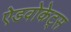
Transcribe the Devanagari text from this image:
ऐडवोकेट्स